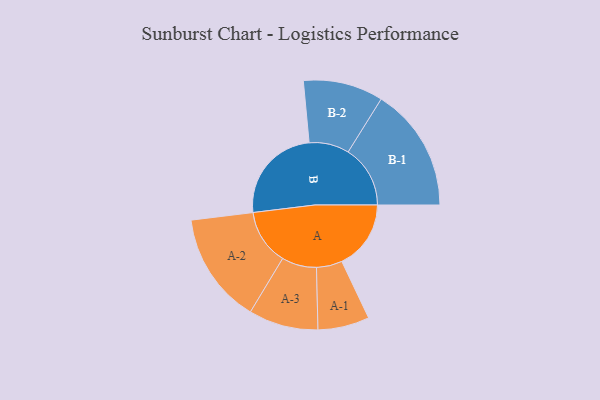
{"axis": {"x": "Segment", "y": "Value"}, "legend": ["", "A", "B"], "data": [{"x": "A", "y": 306, "type": ""}, {"x": "B", "y": 434, "type": ""}, {"x": "A-1", "y": 114, "type": "A"}, {"x": "A-2", "y": 246, "type": "A"}, {"x": "A-3", "y": 154, "type": "A"}, {"x": "B-1", "y": 275, "type": "B"}, {"x": "B-2", "y": 177, "type": "B"}]}